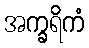
အက္ခရိကံ